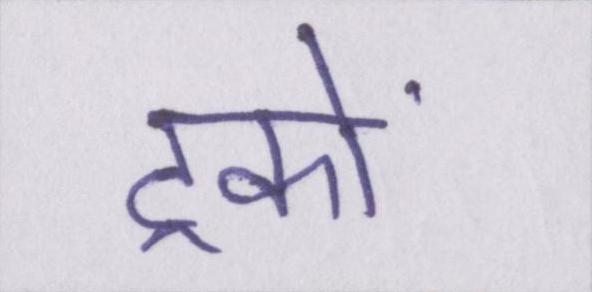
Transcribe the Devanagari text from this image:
ट्रकों